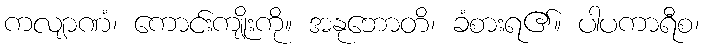
ကလျာဏံ၊ ကောင်းကျိုးကို။ အနုဘောတိ၊ ခံစားရ၏။ ပါပကာရီစ၊